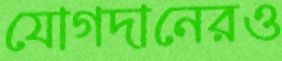
যোগদানেরও